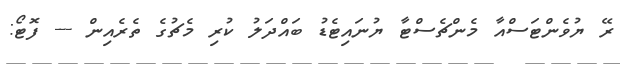
ރޭ ޔުވެންޓަސްއާ މެންޗެސްޓާ ޔުނައިޓެޑު ބައްދަލު ކުރި މެޗުގެ ތެރެއިން --- ފޮޓޯ: